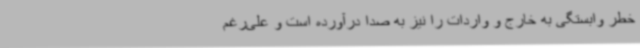
خطر وابستگی به خارج و واردات را نیز به صدا درآورده است و علی‌رغم